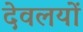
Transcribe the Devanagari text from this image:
देवलयों